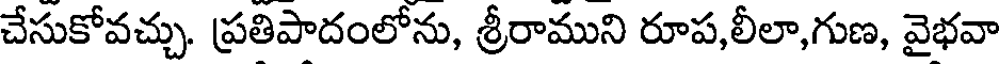
చేసుకోవచ్చు. ప్రతిపాదంలోను, శ్రీరాముని రూప,లీలా,గుణ, వైభవా